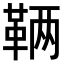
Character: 𬰥